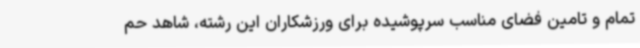
تمام و تامین فضای مناسب سرپوشیده برای ورزشکاران این رشته، شاهد حم